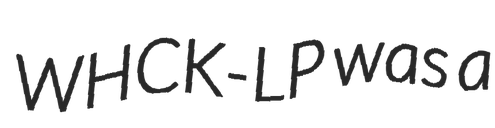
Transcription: WHCK-LP was a